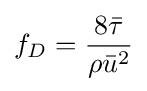
f_{D}={\frac {8{\bar {\tau }}}{\rho {\bar {u}}^{2}}}